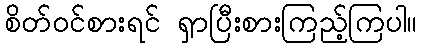
စိတ်ဝင်စားရင် ရှာပြီးစားကြည့်ကြပါ။